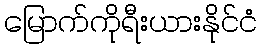
မြောက်ကိုရီးယားနိုင်ငံ